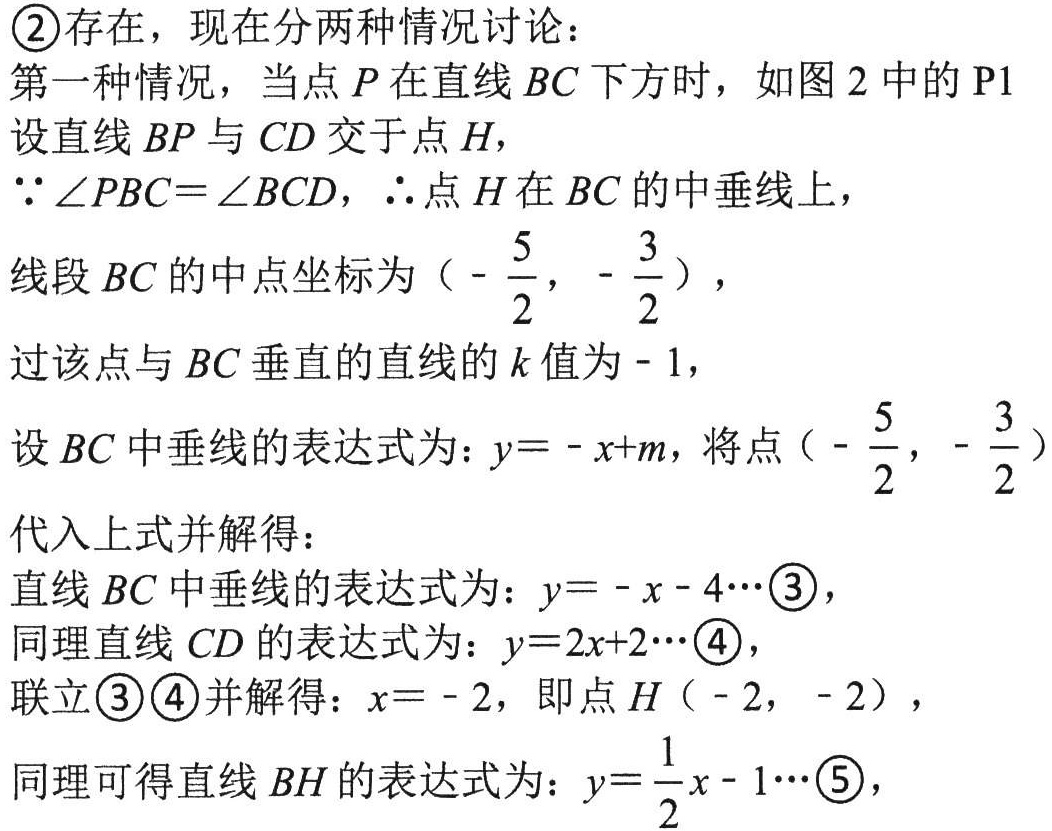
\textcircled{2}存在，现在分两种情况讨论：
第一种情况，当点\(P\)在直线\(BC\)下方时，如图2中的\(P1\)
设直线\(BP\)与\(CD\)交于点\(H\)，
\(\because\angle PBC = \angle BCD\)，\(\therefore\)点\(H\)在\(BC\)的中垂线上，
线段\(BC\)的中点坐标为\((-\frac{5}{2}, -\frac{3}{2})\)，
过该点与\(BC\)垂直的直线的\(k\)值为\(-1\)，
设\(BC\)中垂线的表达式为：\(y = -x + m\)，将点\((-\frac{5}{2}, -\frac{3}{2})\)
代入上式并解得：
直线\(BC\)中垂线的表达式为：\(y = -x - 4\cdots\)\textcircled{3}，
同理直线\(CD\)的表达式为：\(y = 2x + 2\cdots\)\textcircled{4}，
联立\textcircled{3}\textcircled{4}并解得：\(x = -2\)，即点\(H(-2, -2)\)，
同理可得直线\(BH\)的表达式为：\(y = \frac{1}{2}x - 1\cdots\)\textcircled{5}，